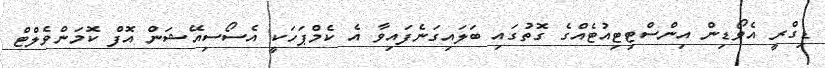
ޑިގްރީ އެވޯޑިން އިންސްޓިޓިއުޓެއްގެ ގޮތުގައި ބަލައިގަނެފައިވާ އެ ކެމްޕަހަކީ އެސޯސިއޭޝަން އޮފް ކޮމަންވެލްޓް